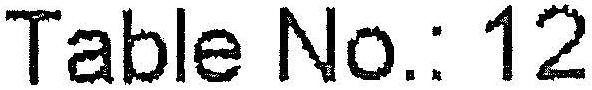
TABLE NO.: 12